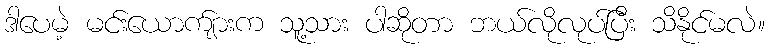
ဒါပေမဲ့ မင်းယောက်ျားက သူ့သား ပါဆိုတာ ဘယ်လိုလုပ်ပြီး သိနိုင်မလဲ။